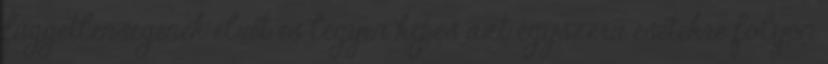
függetlenségének elvét és legyen képes azt egyszerű esetekre folyón